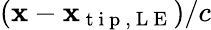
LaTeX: (\mathbf{x}-\mathbf{x}_{\mathrm{{~t~i~p~,~L~E~}}})/c